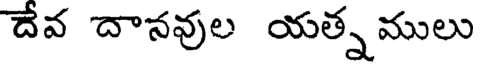
దేవ దానవుల యత్నములు